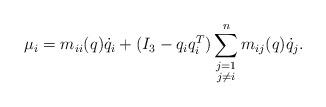
LaTeX: \begin{align*} \mu_i &=m_{ii}(q) \dot q_i + (I_3-q_i q_i^T) \sum_{\substack{j=1\\j\neq i}}^n m_{ij}(q)\dot q_j.\end{align*}